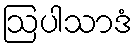
ဩပါသာဒံ